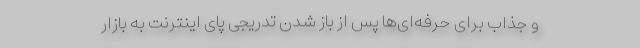
و جذاب برای حرفه‌ای‌ها پس از باز شدن تدریجی پای اینترنت به بازار